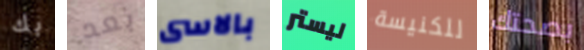
بك بعد بالاسى ليستر للكنيسة بصحتك